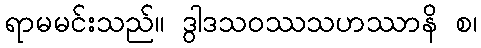
ရာမမင်းသည်။ ဒွါဒသဝဿသဟဿာနိ စ၊